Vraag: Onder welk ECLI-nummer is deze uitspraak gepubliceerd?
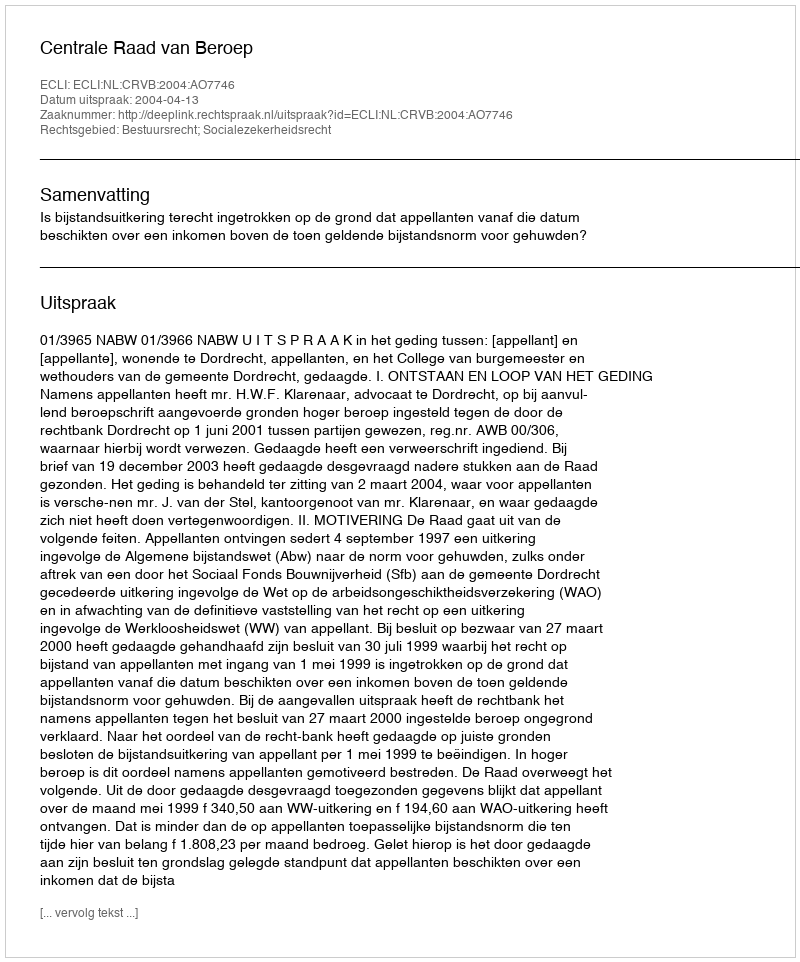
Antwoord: ECLI:NL:CRVB:2004:AO7746